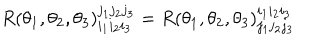
LaTeX: R ( \theta _ { 1 } , \theta _ { 2 } , \theta _ { 3 } ) _ { i _ { 1 } i _ { 2 } i _ { 3 } } ^ { j _ { 1 } j _ { 2 } j _ { 3 } } = R ( \theta _ { 1 } , \theta _ { 2 } , \theta _ { 3 } ) _ { j _ { 1 } j _ { 2 } j _ { 3 } } ^ { i _ { 1 } i _ { 2 } i _ { 3 } }